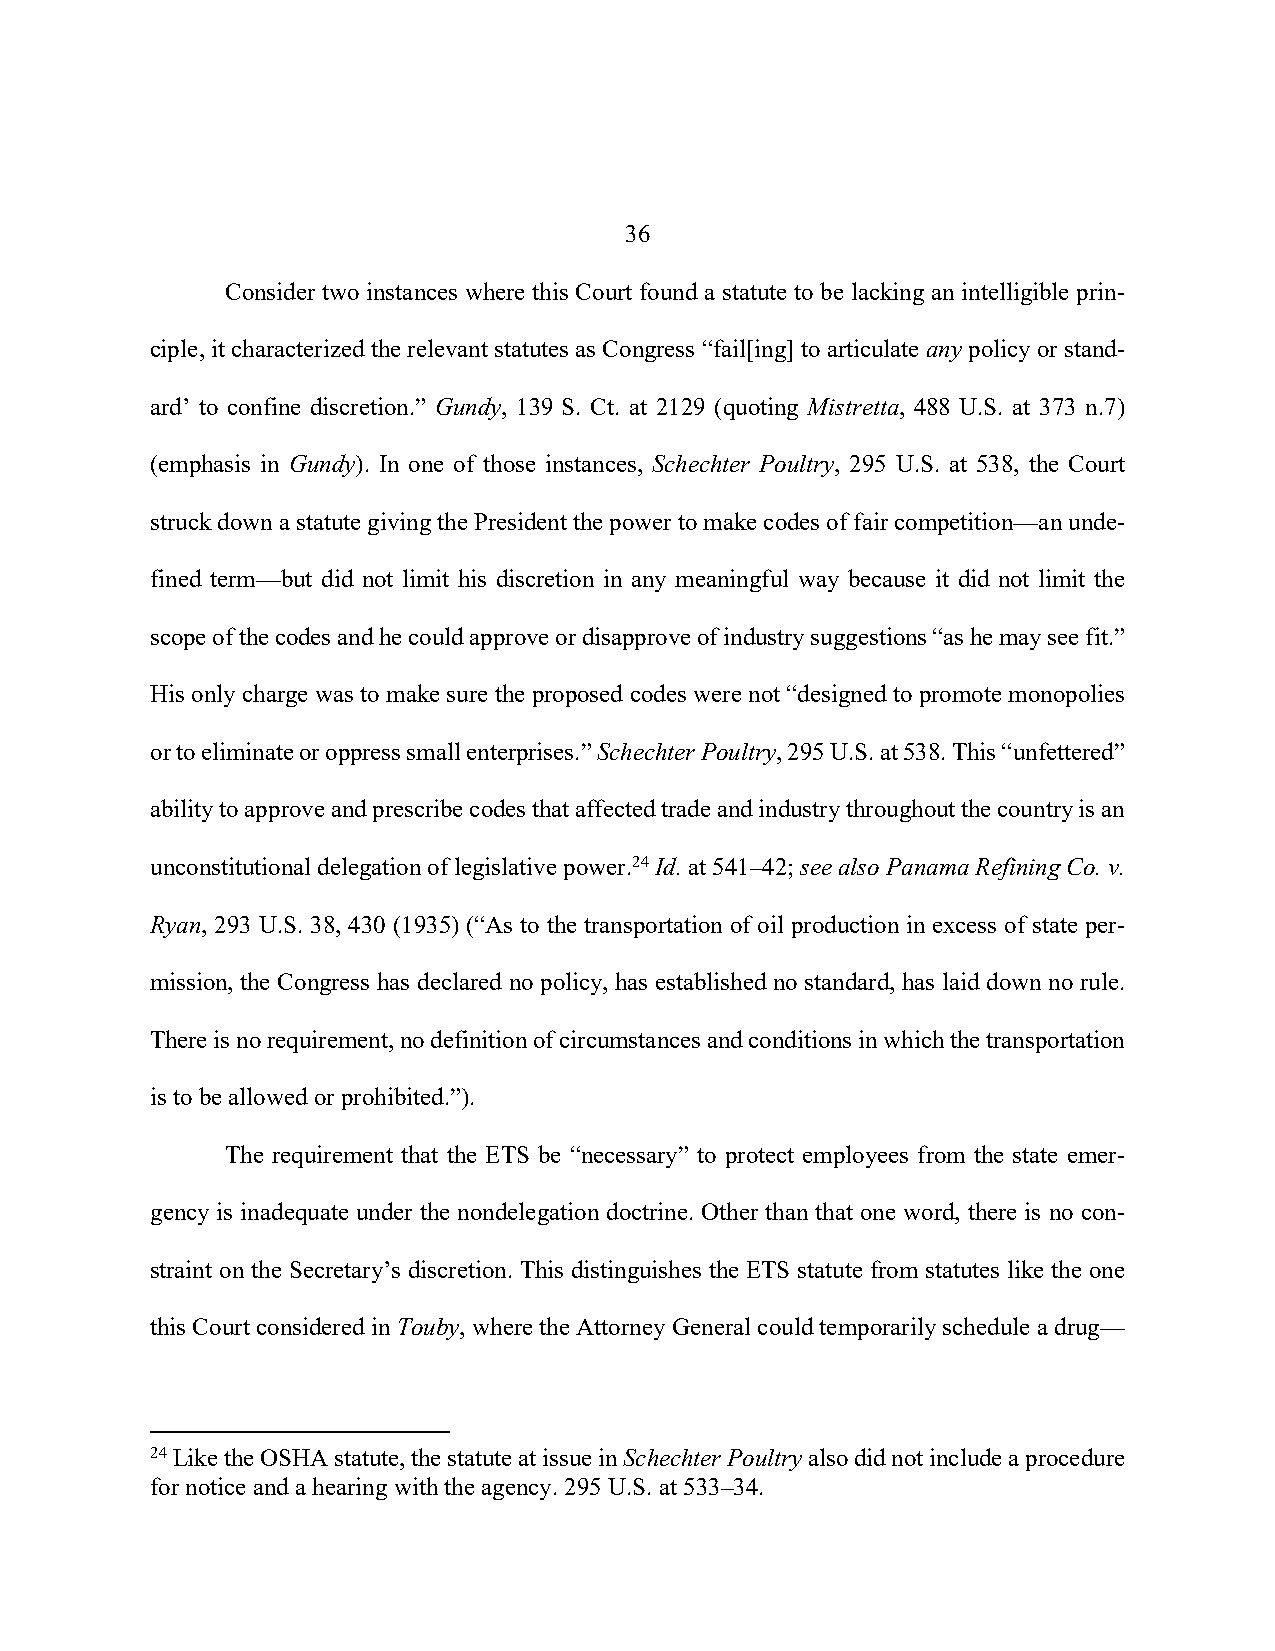
36
 Consider two instances where this Court found a statute to be lacking an intelligible prin-
 ciple, it characterized the relevant statutes as Congress “fail[ing] to articulate any policy or stand-
 ard’ to confine discretion.” Gundy, 139 S. Ct. at 2129 (quoting Mistretta, 488 U.S. at 373 n.7)
 (emphasis in Gundy). In one of those instances, Schechter Poultry, 295 U.S. at 538, the Court
 struck down a statute giving the President the power to make codes of fair competition—an unde-
 fined term—but did not limit his discretion in any meaningful way because it did not limit the
 scope of the codes and he could approve or disapprove of industry suggestions “as he may see fit.”
 His only charge was to make sure the proposed codes were not “designed to promote monopolies
 or to eliminate or oppress small enterprises.” Schechter Poultry, 295 U.S. at 538. This “unfettered”
 ability to approve and prescribe codes that affected trade and industry throughout the country is an
 unconstitutional delegation of legislative power.24 Id. at 541–42; see also Panama Refining Co. v.
 Ryan, 293 U.S. 38, 430 (1935) (“As to the transportation of oil production in excess of state per-
 mission, the Congress has declared no policy, has established no standard, has laid down no rule.
 There is no requirement, no definition of circumstances and conditions in which the transportation
 is to be allowed or prohibited.”).
 The requirement that the ETS be “necessary” to protect employees from the state emer-
 gency is inadequate under the nondelegation doctrine. Other than that one word, there is no con-
 straint on the Secretary’s discretion. This distinguishes the ETS statute from statutes like the one
 this Court considered in Touby, where the Attorney General could temporarily schedule a drug—
 24 Like the OSHA statute, the statute at issue in Schechter Poultry also did not include a procedure
 for notice and a hearing with the agency. 295 U.S. at 533–34.